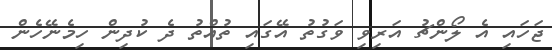
ޖަހައި އެ ލޯންޗު އަރިވި ވަގުތު އޭގައި ތުއްތު ދެ ކުދިން ހިމެނޭހެން